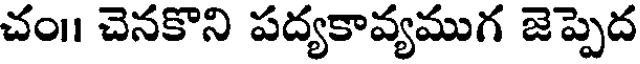
చం।। చెనకొని పద్యకావ్యముగ జెప్పెద